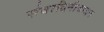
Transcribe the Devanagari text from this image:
संवादिनीवादन